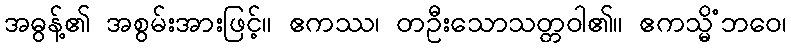
အဓွန့်၏ အစွမ်းအားဖြင့်။ ဧကဿ၊ တဦးသောသတ္တဝါ၏။ ဧကသ္မိံဘဝေ၊